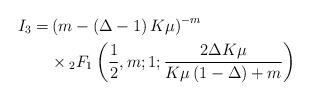
LaTeX: \begin{align*}I_3=&\left( m-\left( \Delta-1 \right)K \mu\right)^{-m} \\ & \times {}_{2}F_1 \left( \frac{1}{2},m;1;\frac{2\Delta K \mu}{K\mu\left( 1-\Delta \right)+m} \right)\end{align*}